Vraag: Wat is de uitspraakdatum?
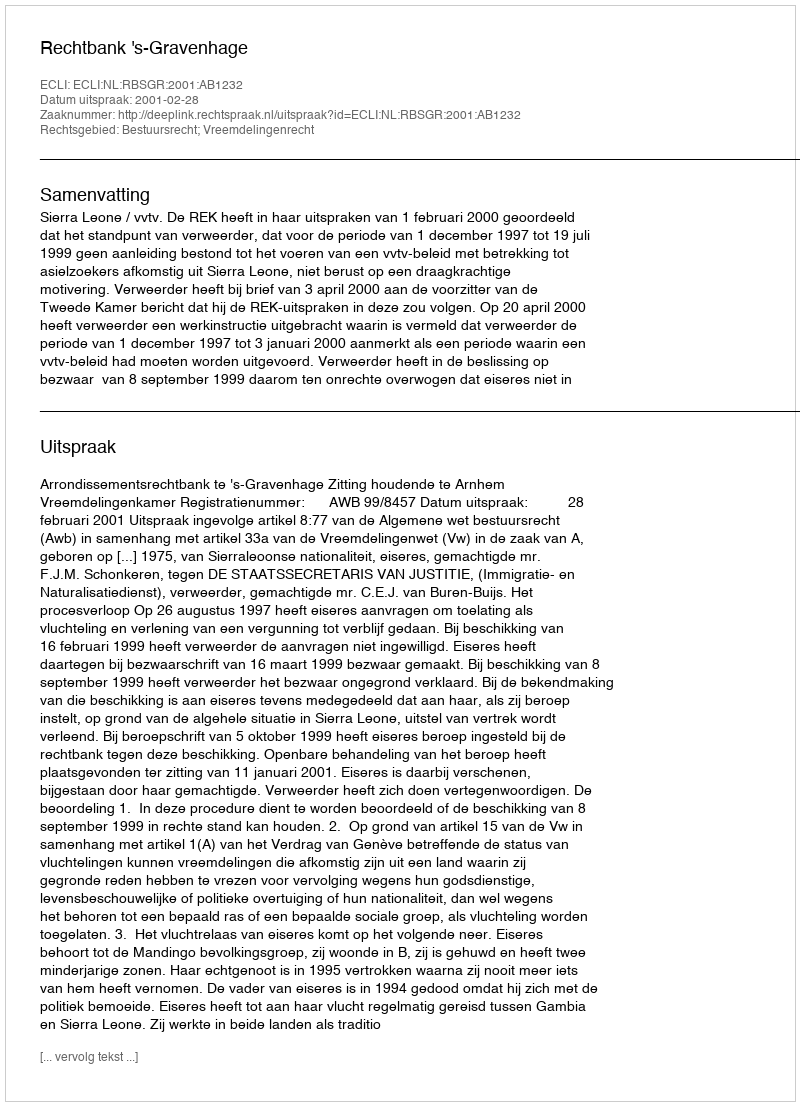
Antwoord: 2001-02-28